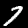
Digit: 7